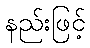
နည်းဖြင့်